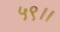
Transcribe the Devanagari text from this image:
५९।।